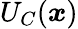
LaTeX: U_{C}({\boldsymbol{x}})